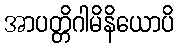
အာပတ္တိဂါမိနိယောပိ